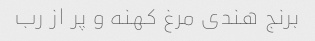
برنج هندی مرغ کهنه و پر از رب